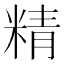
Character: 精